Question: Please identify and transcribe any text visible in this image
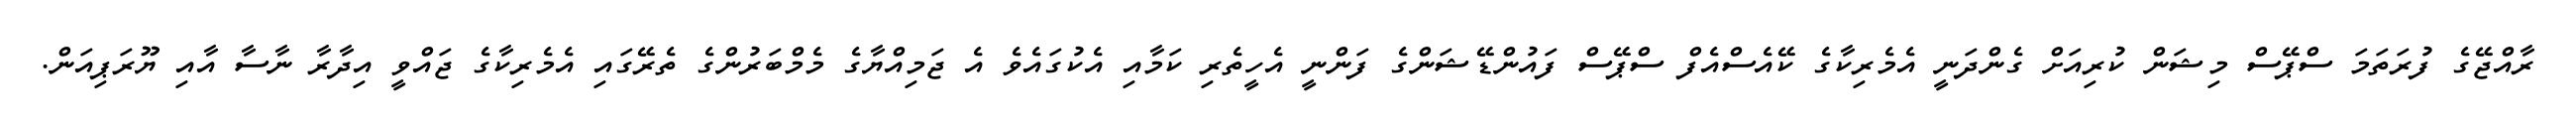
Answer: ރާއްޖޭގެ ފުރަތަމަ ސްޕޭސް މިޝަން ކުރިއަށް ގެންދަނީ އެމެރިކާގެ ކޭއެސްއެފް ސްޕޭސް ފައުންޑޭޝަންގެ ފަންނީ އެހީތެރި ކަމާއި އެކުގައެވެ އެ ޖަމިއްޔާގެ މެމްބަރުންގެ ތެރޭގައި އެމެރިކާގެ ޖައްވީ އިދާރާ ނާސާ އާއި ޔޫރަޕިއަން.